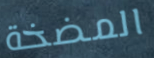
المضخة